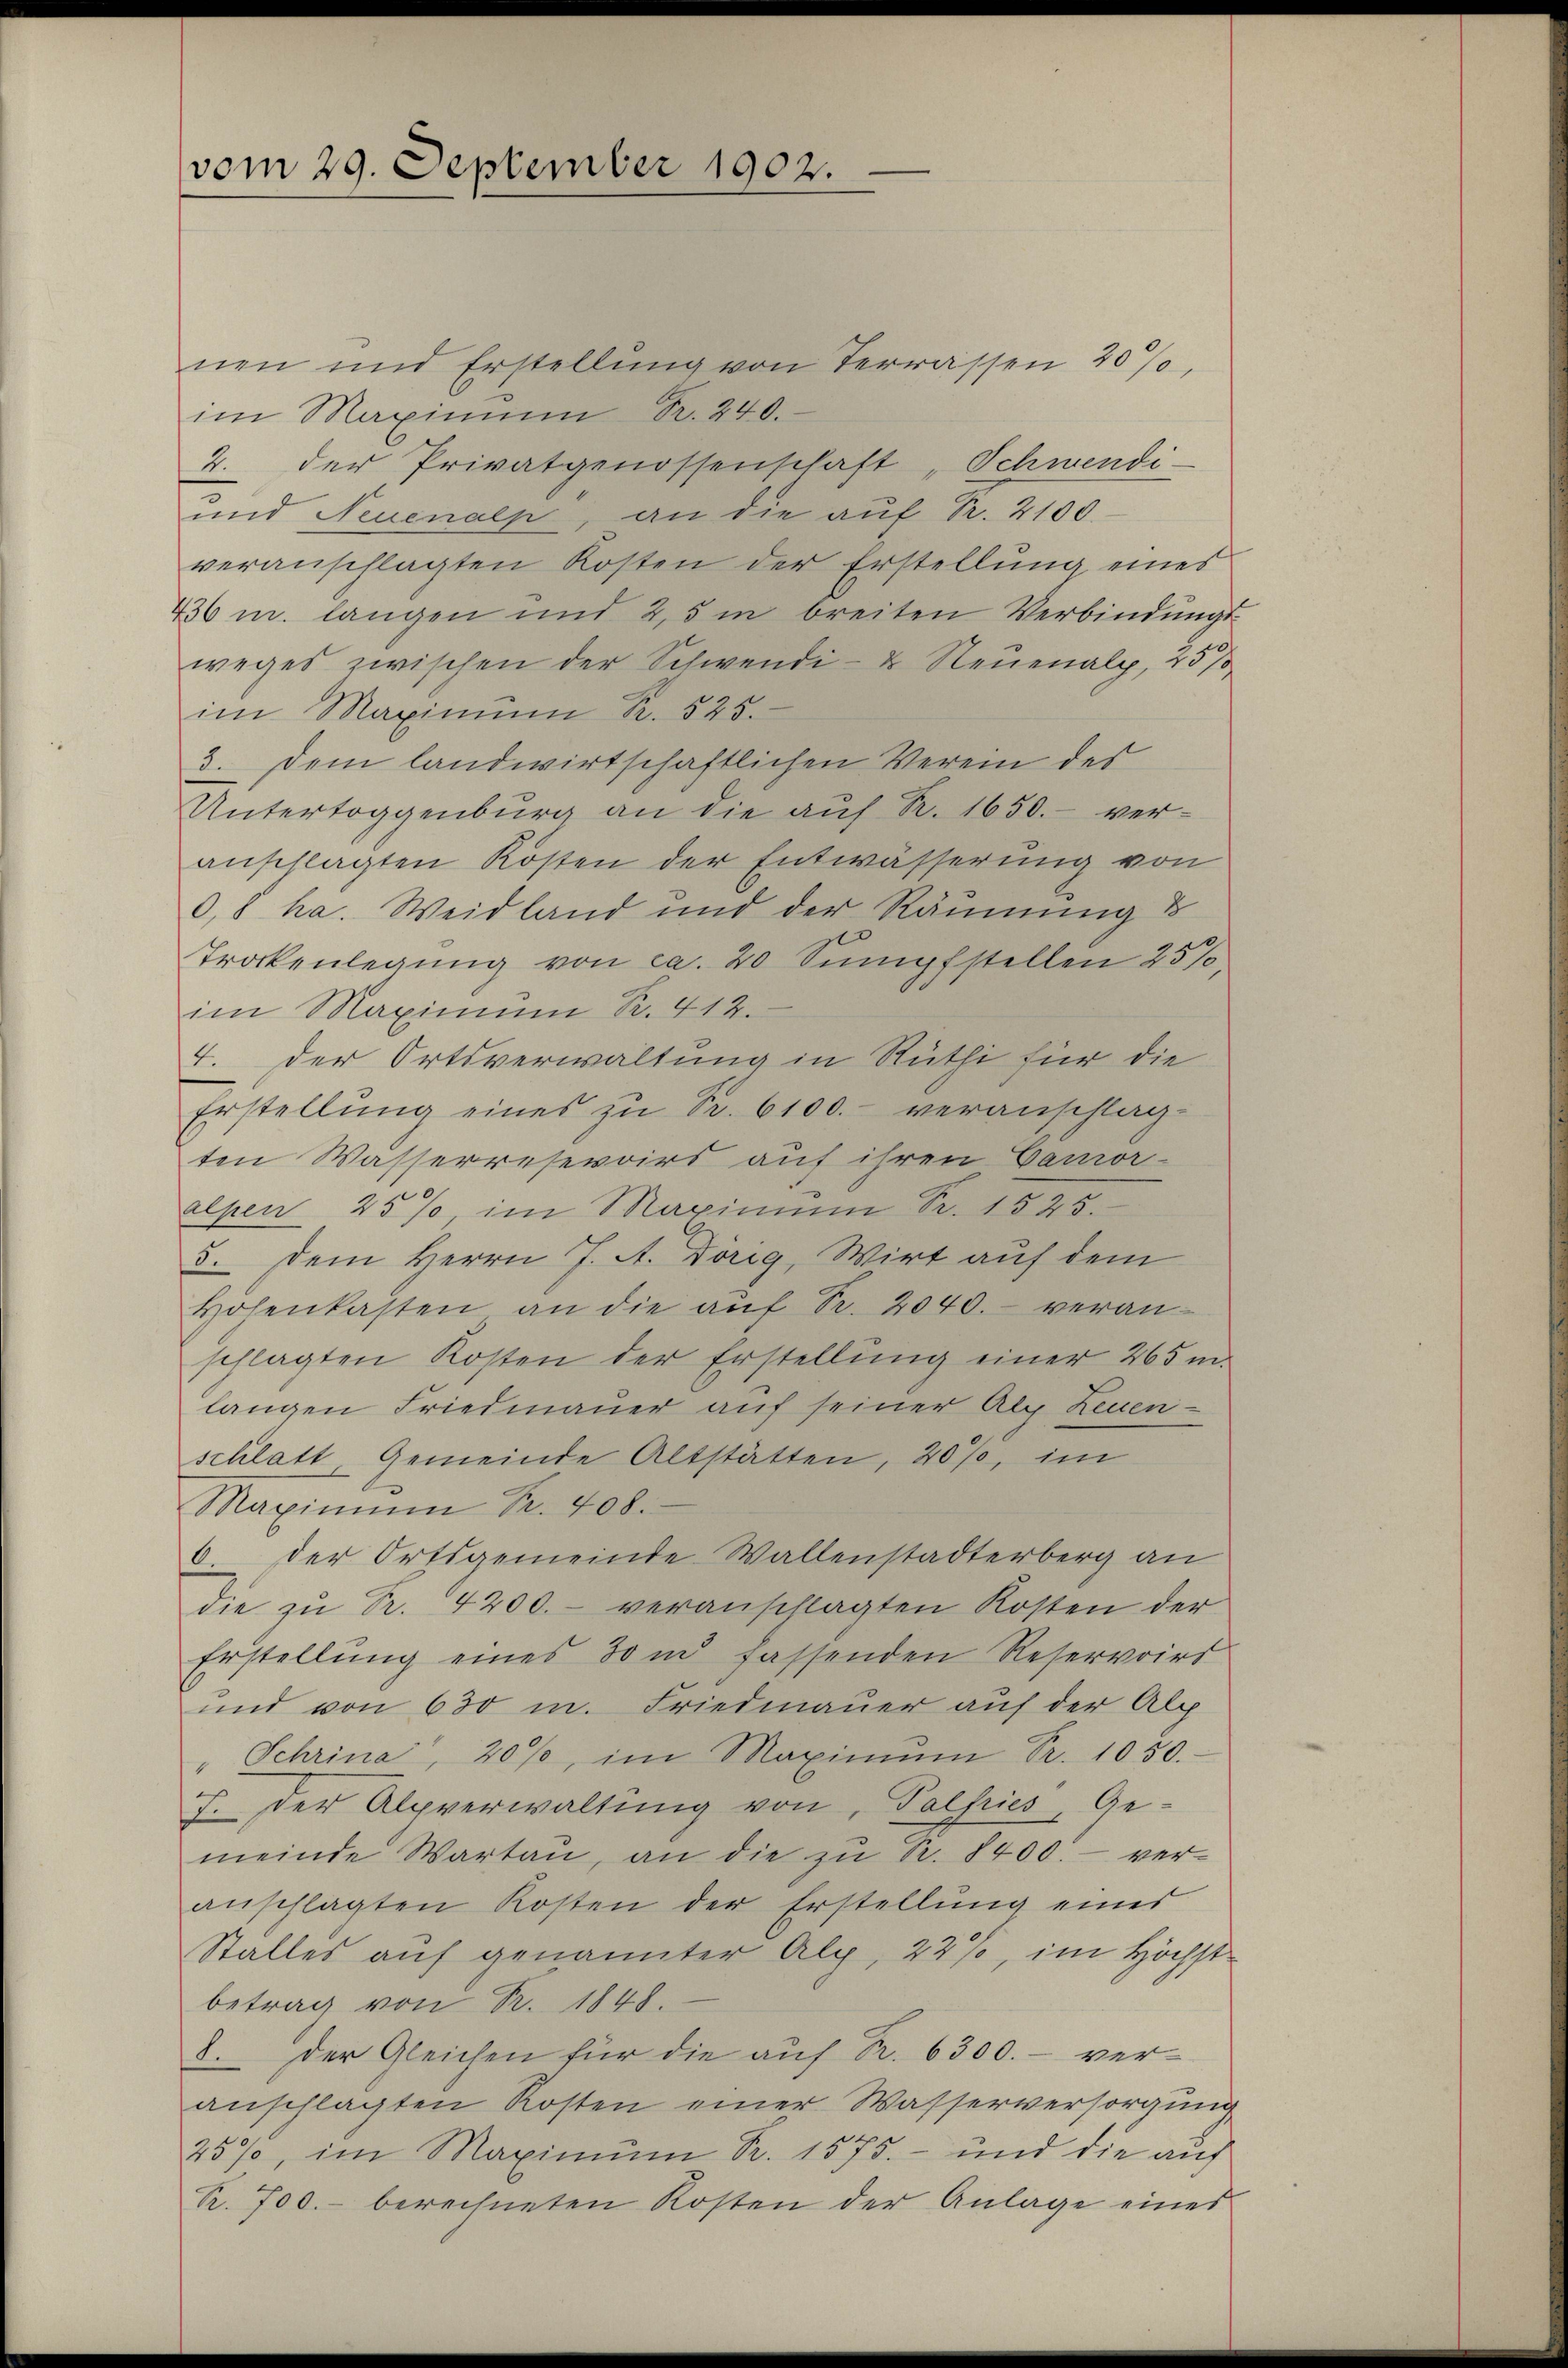
vom 29. September 1902.

nen und Erstellŭng von Terrassen 20%,
im Maximum Fr. 240.
2. der Privatgenossenschaft „Schwendi-
und Neuenalp, an die auf S. 2100.
veranschlagten Kosten der Erstellung eines
436 u. langen und 2,5 m breiten Verbindungs-
weges zwischen der Schwendi- & Neuenalp, 457
im Maximum S. 525.
3. Dem landwirtschaftlichen Verein des
Untertoggenburg an die auf R. 1650.- ver-
anschlagten Kosten der Entwässerung von
0,8 ha. Weidland und der Räumung d
Trockenlegŭng von ca. 20 Sŭmpfstellen 25%,
im Maximum R. 412.
4. der Ortsverwaltung in Rüti für die
Erstellŭng eines zŭ Sr. 6100. veranschlag-
ten Wasserresevoirs auf ihren Camor-
alpen 25% im Maximum Fr. 1525.
5. Dem Herrn J. A. Dörig, Wirt auf dem
Hosenkasten an die aŭf Fr. 2040. veran-
schlagten Kosten der Erstellŭng einer 265 m
langen Friedmauer auf seiner Alp Leuen-
schlatt, Gemeinde Altstätten, 20%, im
Maximum Fr. 408.
6 der Ortsgemeinde Wallenstadterberg an
die zu Pr. 4200. - veranschlagten Kosten der
Erstellŭng eines 30 m fassenden Reservoirs
und von 630 m. Friedmauer auf der Alp
" Schrina, 20%, im Maximŭm Fr. 1050.
7. Der Alpverwaltung von Palfries, Ge-
meinde Wartaŭ, an die zu S. 8400. - veranschlagten Kosten der Erstellung eines
Stalles auf genannter Alp, 221, im Höchstbetrag von R. 1848.
8. Der Gleichen für die auf Fr. 6300. - veranschlagten Kosten einer Wasserversorgung
25%, im Maximŭm Fr. 1575. - und die auf
R. 700.- berechneten Kosten der Anlage eines